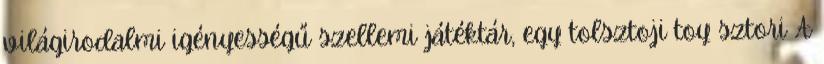
világirodalmi igényességű szellemi játéktár, egy tolsztoji toy sztori A